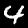
Digit: 4